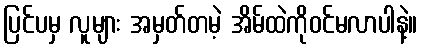
ပြင်ပမှ လူများ အမှတ်တမဲ့ အိမ်ထဲကိုဝင်မလာပါနဲ့။